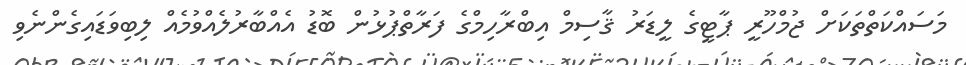
މަސައްކަތްތަކަށް ޖުމްހޫރީ ޕާޓީގެ ލީޑަރު ޤާސިމް އިބްރާހިމްގެ ފަރާތްޕުޅުން ބޮޑު އެއްބާރުލެއްވުމެއް ލިބިވަޑައިގެންނެވި